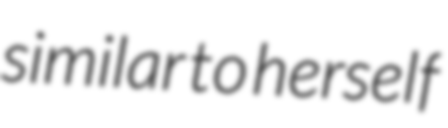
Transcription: similar to herself